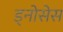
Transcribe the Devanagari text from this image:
ड्नोसेस